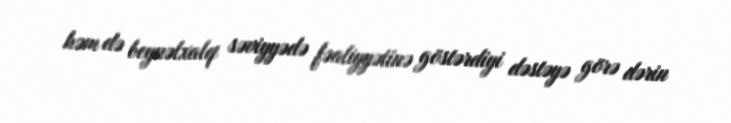
həm də beynəlxalq səviyyədə fəaliyyətinə göstərdiyi dəstəyə görə dərin